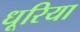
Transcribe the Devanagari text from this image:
धूरिया